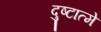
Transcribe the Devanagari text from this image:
दुष्टात्मे